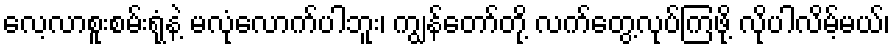
လေ့လာစူးစမ်းရုံနဲ့ မလုံလောက်ပါဘူး၊ ကျွန်တော်တို့ လက်တွေ့လုပ်ကြဖို့ လိုပါလိမ့်မယ်၊